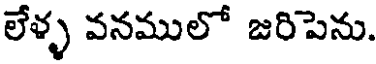
లేళ్ళ వనములో జరిపెను.